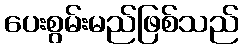
ပေးစွမ်းမည်ဖြစ်သည်